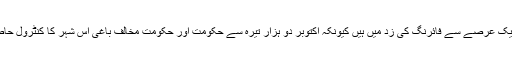
اس قدیم قصبے کے گرجا گھر ایک عرصے سے فائرنگ کی زد میں ہیں کیونکہ اکتوبر دو ہزار تیرہ سے حکومت اور حکومت مخالف باغی اس شہر کا کنٹرول حاصل کرنے کی کوششوں میں ہیں۔